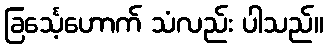
ခြင်္သေ့ဟောက် သံလည်း ပါသည်။